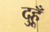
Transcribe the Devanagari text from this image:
दुहूँ